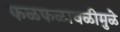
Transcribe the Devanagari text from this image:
फळफळावळीमुळे